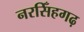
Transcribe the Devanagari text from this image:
नरसिँहगढ़